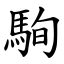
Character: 駨